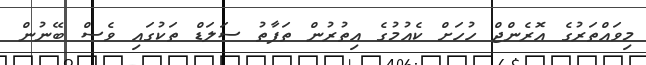
މިވައްތަރުގެ އޮރެންޖް ހުހަށް ކެއުމުގެ އިތުރުން ތަފާތު ސަލަޑް ތަކުގައި ވެސް ބޭނުން